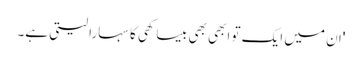
'ان میں ایک تو ابھی بھی بیساکھی کا سہارا لیتی ہے۔